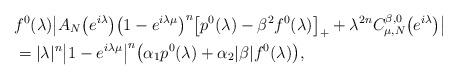
LaTeX: \begin{align*}&f^0(\lambda)\big|A_N\bigl(e^{i\lambda}\bigr)\bigl(1-e^{i\lambda\mu}\bigr)^{n}\bigl[p^0(\lambda)-\beta^2f^0(\lambda)\bigr]_++\lambda^{2n}C_{\mu,N}^{\beta,0}\bigl(e^{i\lambda}\bigr)\big|\\&=|\lambda|^{n}\big|1-e^{i\lambda\mu}\big|^{n}\bigl(\alpha_1p^0(\lambda)+\alpha_2|\beta|f^0(\lambda)\bigr),\label{D1rivn2_coi_i_st.n_d}\end{align*}